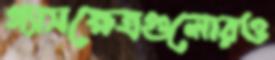
গ্যাসক্ষেত্রগুলোরও